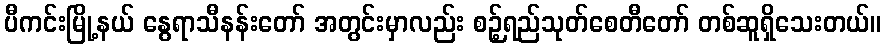
ပီကင်းမြို့နယ် နွေရာသီနန်းတော် အတွင်းမှာလည်း စဉ့်ရည်သုတ်စေတီတော် တစ်ဆူရှိသေးတယ်။